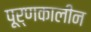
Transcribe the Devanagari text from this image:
पूर्णकालीन